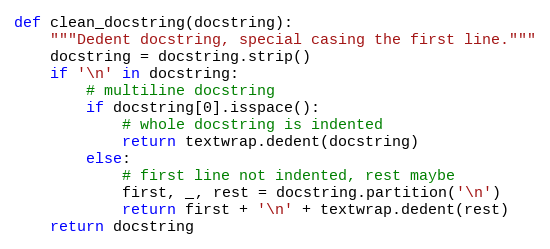
Language: Python
def clean_docstring(docstring):
    """Dedent docstring, special casing the first line."""
    docstring = docstring.strip()
    if '\n' in docstring:
        # multiline docstring
        if docstring[0].isspace():
            # whole docstring is indented
            return textwrap.dedent(docstring)
        else:
            # first line not indented, rest maybe
            first, _, rest = docstring.partition('\n')
            return first + '\n' + textwrap.dedent(rest)
    return docstring